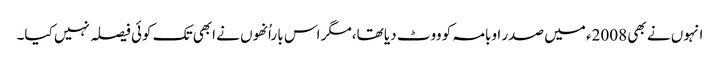
انہوں نے بھی 2008ء میں صدر اوبامہ کو ووٹ دیا تھا،مگر اس با راُنھوں نے ابھی تک کوئی فیصلہ نہیں کیا۔